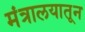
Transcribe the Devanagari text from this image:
मंत्रालयातून